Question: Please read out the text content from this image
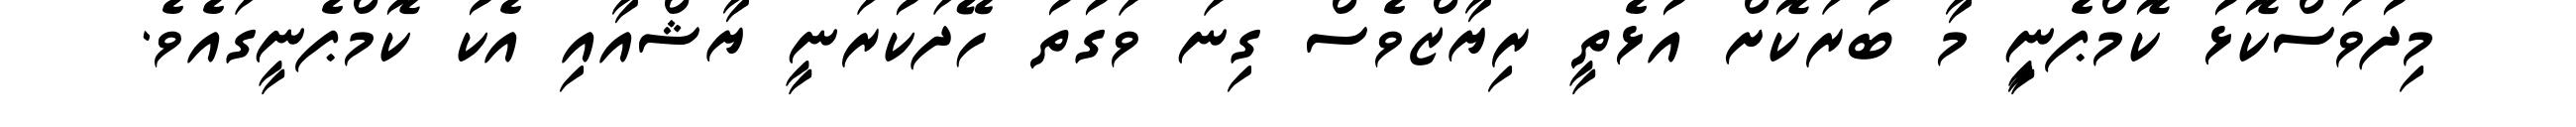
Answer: މިދުވަސްކޮޅު ކޮމްޕެނިީ މާ ބުރަކޮށް އުޅެތީ ރިޔާޒްވެސް ގިނަ ވަގުތު ހޭދަކުރަނީ ޔާޝްއާއި އެކު ކޮމްޕެނީގައެވެ.